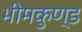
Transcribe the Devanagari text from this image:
भीमकुण्ड